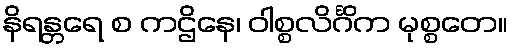
နိရန္တရေ စ ကဌိနေ၊ ဝါစ္စလိင်္ဂိက မုစ္စတေ။